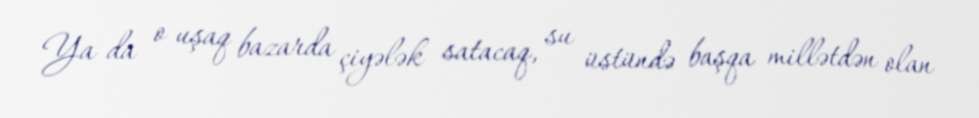
Ya da o uşaq bazarda çiyələk satacaq, su üstündə başqa millətdən olan